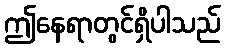
ဤနေရာတွင်ရှိပါသည်